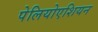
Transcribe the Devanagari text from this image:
पेलियोएशियन